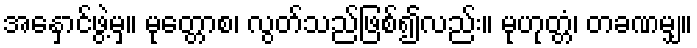
အနှောင်ဖွဲ့မှ။ မုတ္တောစ၊ လွတ်သည်ဖြစ်၍လည်း။ မုဟုတ္တံ၊ တခဏမျှ။